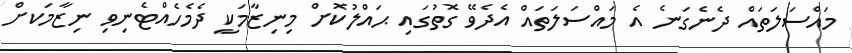
މައްސަލަތައް ދެނެގަނެ އެ މައްސަލަތައް އެދެވޭ ގޮތުގައި ޙައްލުކޮށް މިނިޒާމަކީ ދެމެހެއްޓެނިވި ނިޒާމަކށް